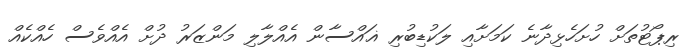
ރިޕޯޓުތަށް ހުށަހެޅިދާނެ ކަމަށާއި ލަކުޑިބުރި ޣައްސާން އެއްލާލި މަންޒަރު ދުށް އެއްވެސް ހެއްކެއް